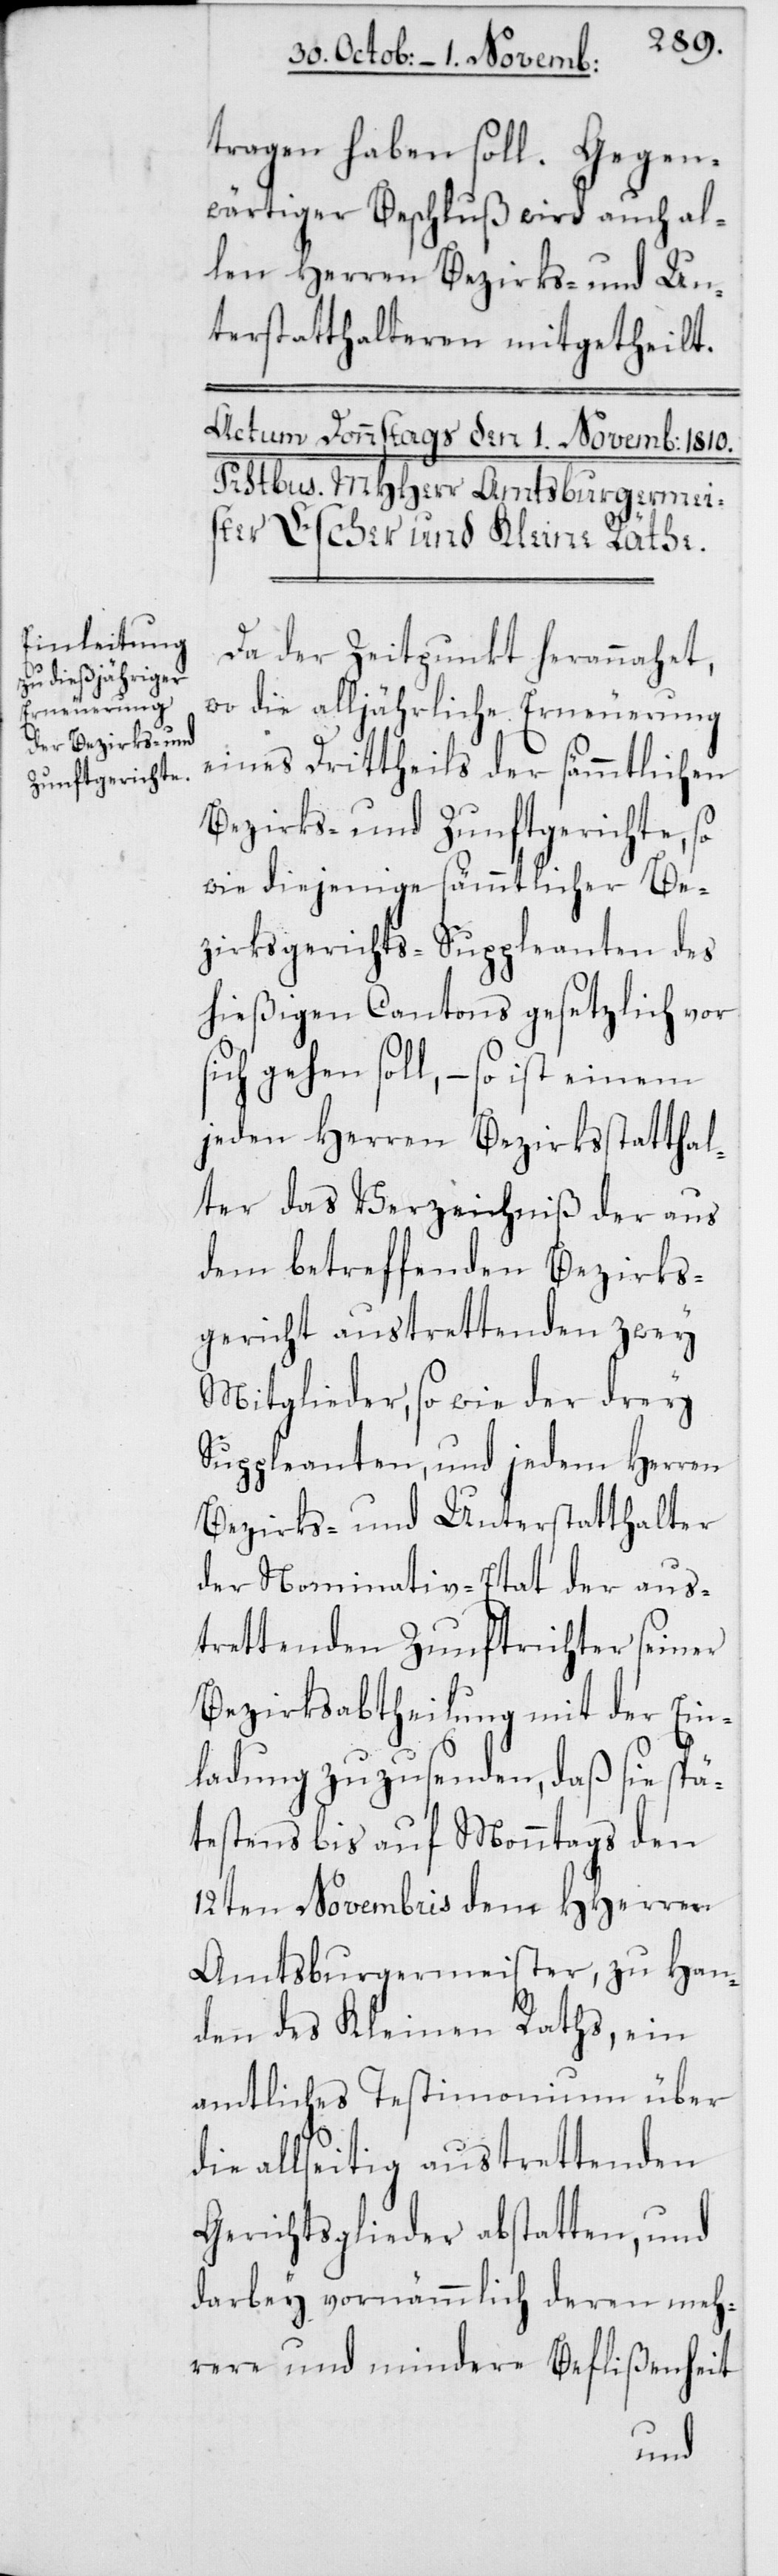
tragen haben soll. Gegen¬
wärtiger Beschluß wird auch al¬
len Herren Bezirks- und Un¬
terstatthalteren mitgetheilt.
Da der Zeitpunkt herannahet,
wo die alljährliche Erneuerung
eines Drittheils der sämmtlichen
Bezirks- und Zunftgerichte, so
wie diejenige sämmtlicher Be¬
zirksgerichts-Suppleanten des
hießigen Cantons gesetzlich vor
gehen soll, – so ist einem
jedem Herren Bezirksstatthal¬
ter das Verzeichniß der aus
dem betreffenden Bezirks¬
gericht austrettenden zwey
Mitglieder, so wie der drey
Suppleanten, und jedem Herren
Bezirks- und Unterstatthalter
der Nominativ-Etat der aus¬
trettenden Zunftrichter seiner
Bezirksabtheilung mit der Ein¬
ladung zuzusenden, daß sie spä¬
testens bis auf Monntags den
12ten Novembris dem HHerren
Amtsburgermeister, zu Han¬
den des Kleinen Raths, ein
amtliches Testimonium über
die allseitig austrettenden
Gerichtsglieder abstatten, und
darbey vornämmlich deren meh¬
rere und mindere Beflißenheit